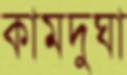
কামদুঘা